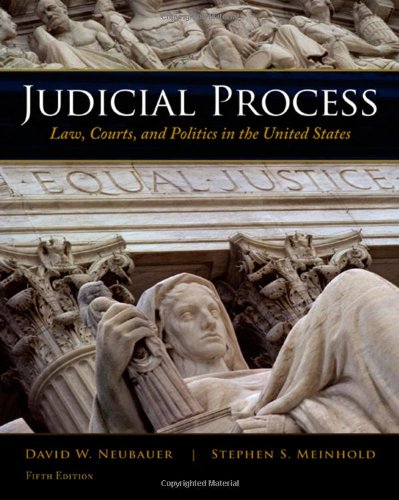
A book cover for Judicial Process: Law, Courts, and Politics in the United States; David W. Neubauer; Law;